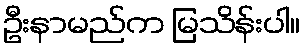
ဦးနာမည်က မြသိန်းပါ။